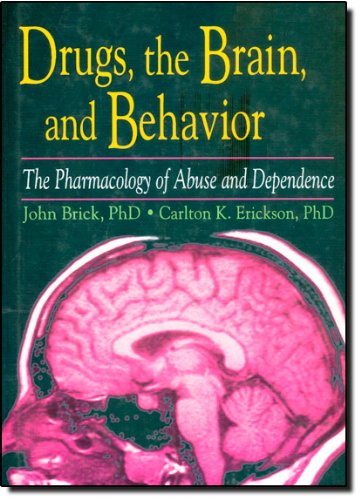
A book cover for Drugs, the Brain, and Behavior: The Pharmacology of Abuse and Dependence (Haworth Therapy for the Addictive Disorders); John Brick; Medical Books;